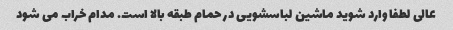
عالی لطفا وارد شوید ماشین لباسشویی در حمام طبقه بالا است. مدام خراب می شود